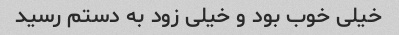
خیلی خوب بود و خیلی زود به دستم رسید